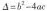
△=b^{2} -4ac